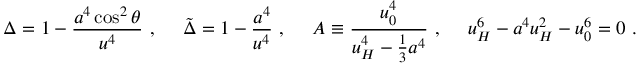
\Delta = 1 - { \frac { a ^ { 4 } \cos ^ { 2 } \theta } { u ^ { 4 } } } \ , \ \ \ \ \tilde { \Delta } = 1 - { \frac { a ^ { 4 } } { u ^ { 4 } } } \ , \ \ \ \ A \equiv { \frac { u _ { 0 } ^ { 4 } } { u _ { H } ^ { 4 } - \frac { 1 } { 3 } a ^ { 4 } } } \ , \ \ \ \ u _ { H } ^ { 6 } - a ^ { 4 } u _ { H } ^ { 2 } - u _ { 0 } ^ { 6 } = 0 \ .